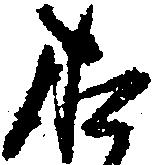
お